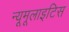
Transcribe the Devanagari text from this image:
न्यूमूलाइटिस